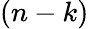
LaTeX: (n-k)